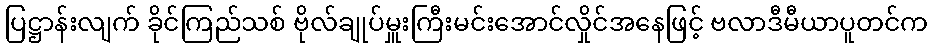
ပြဋ္ဌာန်းလျက် ခိုင်ကြည်သစ် ဗိုလ်ချုပ်မှူးကြီးမင်းအောင်လှိုင်အနေဖြင့် ဗလာဒီမီယာပူတင်က